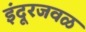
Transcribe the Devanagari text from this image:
इंदूरजवळ